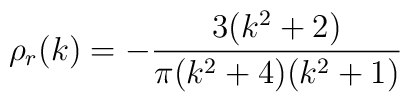
\rho_{r}(k) = - {{3 (k^2 + 2)} \over {\pi (k^2 + 4) (k^2 + 1)}}